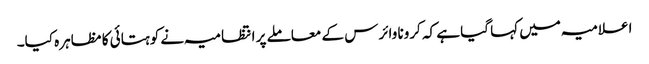
اعلامیہ میں کہا گیا ہے کہ کرونا وائرس کے معاملے پر انتظامیہ نے کوہتائی کا مظاہرہ کیا۔